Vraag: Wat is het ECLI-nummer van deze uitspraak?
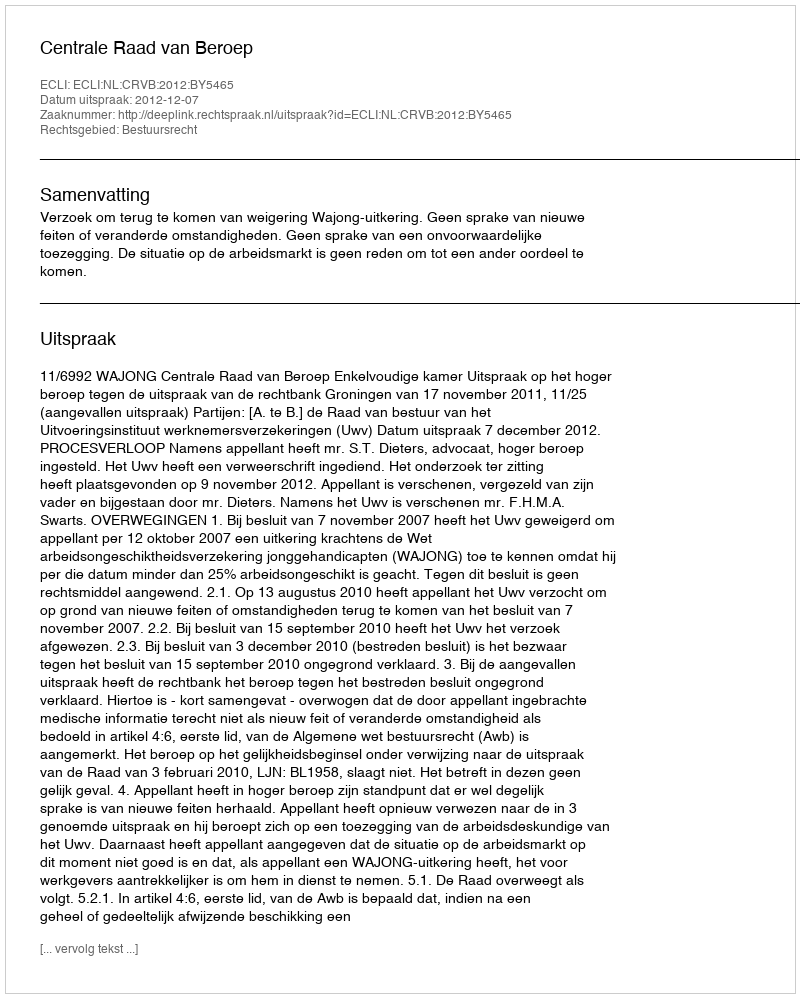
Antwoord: ECLI:NL:CRVB:2012:BY5465